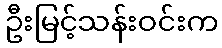
ဦးမြင့်သန်းဝင်းက